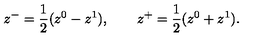
z ^ { - } = \frac { 1 } { 2 } ( z ^ { 0 } - z ^ { 1 } ) , \qquad z ^ { + } = \frac { 1 } { 2 } ( z ^ { 0 } + z ^ { 1 } ) .